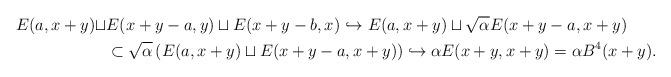
LaTeX: \begin{align*}E(a,x+y)\sqcup & E(x+y-a,y)\sqcup E(x+y-b,x)\hookrightarrow E(a,x+y)\sqcup \sqrt{\alpha}E(x+y-a,x+y)\\&\subset \sqrt\alpha\left(E(a,x+y)\sqcup E(x+y-a,x+y)\right) \hookrightarrow \alpha E(x+y,x+y)=\alpha B^4(x+y).\end{align*}